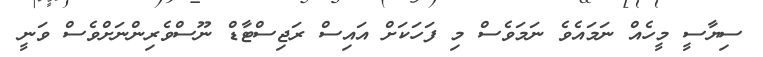
ސިޔާސީ މީހެއް ނަމައެވެ ނަމަވެސް މި ފަހަކަށް އައިސް ރަޖިސްޓާޑް ނޫސްވެރިންނަށްވެސް ވަނީ